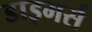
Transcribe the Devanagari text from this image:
डाइमर्स